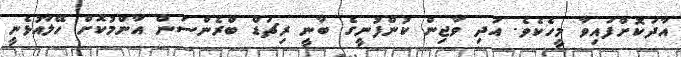
އާދަކޮށްފައިވާ މީހެކެވެ. އަދި ވާޖިން ކުންފުނީގެ ބާނީ ރިޗަޑް ބްރެންސަން އާންމުކޮށް ހޭލާއުޅެނީ